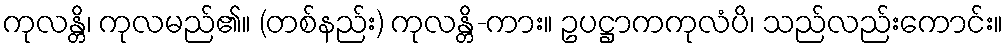
ကုလန္တိ၊ ကုလမည်၏။ (တစ်နည်း) ကုလန္တိ-ကား။ ဥပဋ္ဌာကကုလံပိ၊ သည်လည်းကောင်း။